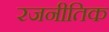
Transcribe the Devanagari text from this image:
रजनीतिक